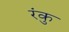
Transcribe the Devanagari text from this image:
रंकु